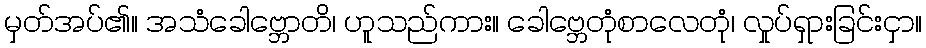
မှတ်အပ်၏။ အသံခေါဗ္ဘောတိ၊ ဟူသည်ကား။ ခေါဗ္ဘေတုံစာလေတုံ၊ လှုပ်ရှားခြင်းငှာ။